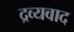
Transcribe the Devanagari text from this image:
द्रव्यवाद